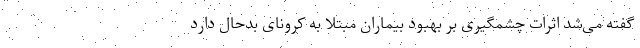
گفته می‌شد اثرات چشمگیری بر بهبود بیماران مبتلا به کرونای بدحال دارد